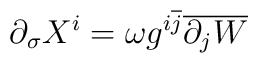
\partial _{\sigma }X^{i}=\omega g^{i\overline{j}}\overline{\partial _{j}W}